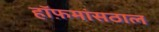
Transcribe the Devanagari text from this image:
हॉफ़मांसठाल